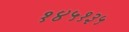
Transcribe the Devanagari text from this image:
१४५१३५